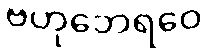
ဗဟုဘေရဝေ